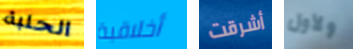
الحلبة أخلاقية أشرقت ولأول